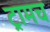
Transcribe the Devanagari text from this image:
ट्रामच